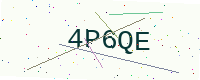
Text: 4P6QE